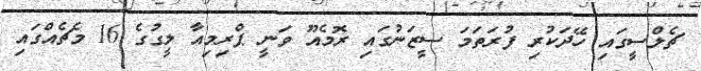
ޗެލްސީގައި ހޭދަކުރި ފުރަތަމަ ސީޒަނުގައި ރޮމެއޫ ވަނީ ޕްރިމިއާ ލީގުގެ 16 މެޗެއްގައި